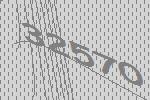
32570